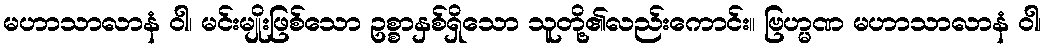
မဟာသာလာနံ ဝါ၊ မင်းမျိုးဖြစ်သော ဥစ္စာနှစ်ရှိသော သူတို့၏လည်းကောင်း။ ဗြဟ္မဏ မဟာသာလာနံ ဝါ၊